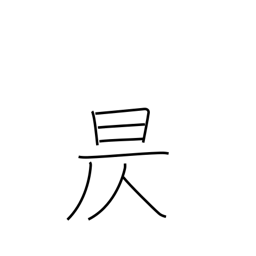
Meaning: go down